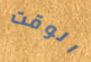
الوقت